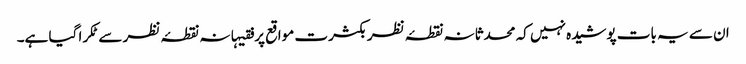
ان سے یہ بات پوشیدہ نہیں کہ محدثانہ نقطۂ نظر بکثرت مواقع پر فقیہانہ نقطۂ نظر سےٹکرا گیا ہے۔